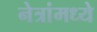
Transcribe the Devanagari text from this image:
नेत्रांमध्ये